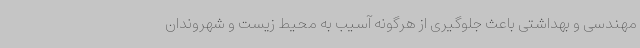
مهندسی و بهداشتی باعث جلوگیری از هرگونه آسیب به محیط زیست و شهروندان